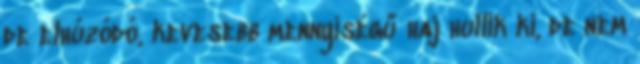
de elhúzódó, kevesebb mennyiségű haj hullik ki, de nem